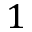
1